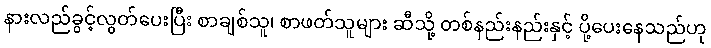
နားလည်ခွင့်လွတ်ပေးပြီး စာချစ်သူ၊ စာဖတ်သူများ ဆီသို့ တစ်နည်းနည်းနှင့် ပို့ပေးနေသည်ဟု